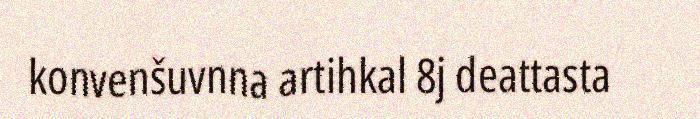
konvenšuvnna artihkal 8j deattasta